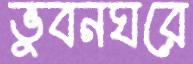
ভুবনঘরে